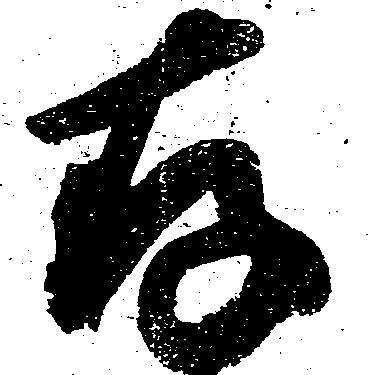
存